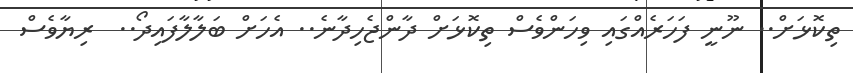
ތިކޮޅަށް.. ނޫނީ ފަހަރެއްގައި ވިހަންވެސް ތިކޮޅަށް ދާންޖެހިދާނެ.. އެހަށް ބަލާލާފައިދޯ..  ރިޔާވެސް